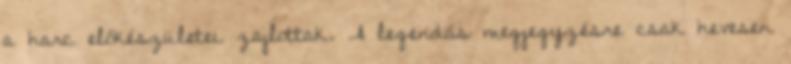
a harc előkészületei zajlottak. A legendás megjegyzésre csak hevesen